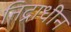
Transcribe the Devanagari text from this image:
निद्राधीन